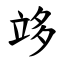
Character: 䇋